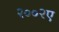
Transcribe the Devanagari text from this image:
२००२ए